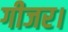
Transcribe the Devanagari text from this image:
गीजर।